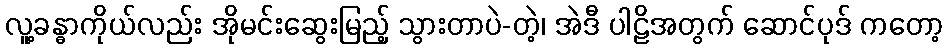
လူ့ခန္ဓာကိုယ်လည်း အိုမင်းဆွေးမြည့် သွားတာပဲ-တဲ့၊ အဲဒီ ပါဠိအတွက် ဆောင်ပုဒ် ကတော့